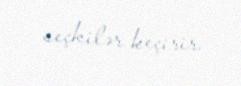
seçkilər keçirir.